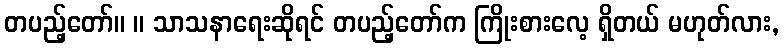
တပည့်တော်။ ။ သာသနာရေးဆိုရင် တပည့်တော်က ကြိုးစားလေ့ ရှိတယ် မဟုတ်လား,